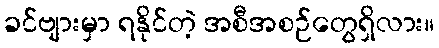
ခင်ဗျားမှာ ရနိုင်တဲ့ အစီအစဉ်တွေရှိလား။